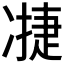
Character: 𮰇